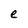
Character: e